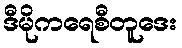
ဒီမိုကရေစီတူဒေး